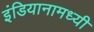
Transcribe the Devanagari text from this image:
इंडियानामध्यी